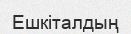
Ешкіталдың